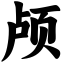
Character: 颅